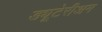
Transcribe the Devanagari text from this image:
ड्यूटेरीअम